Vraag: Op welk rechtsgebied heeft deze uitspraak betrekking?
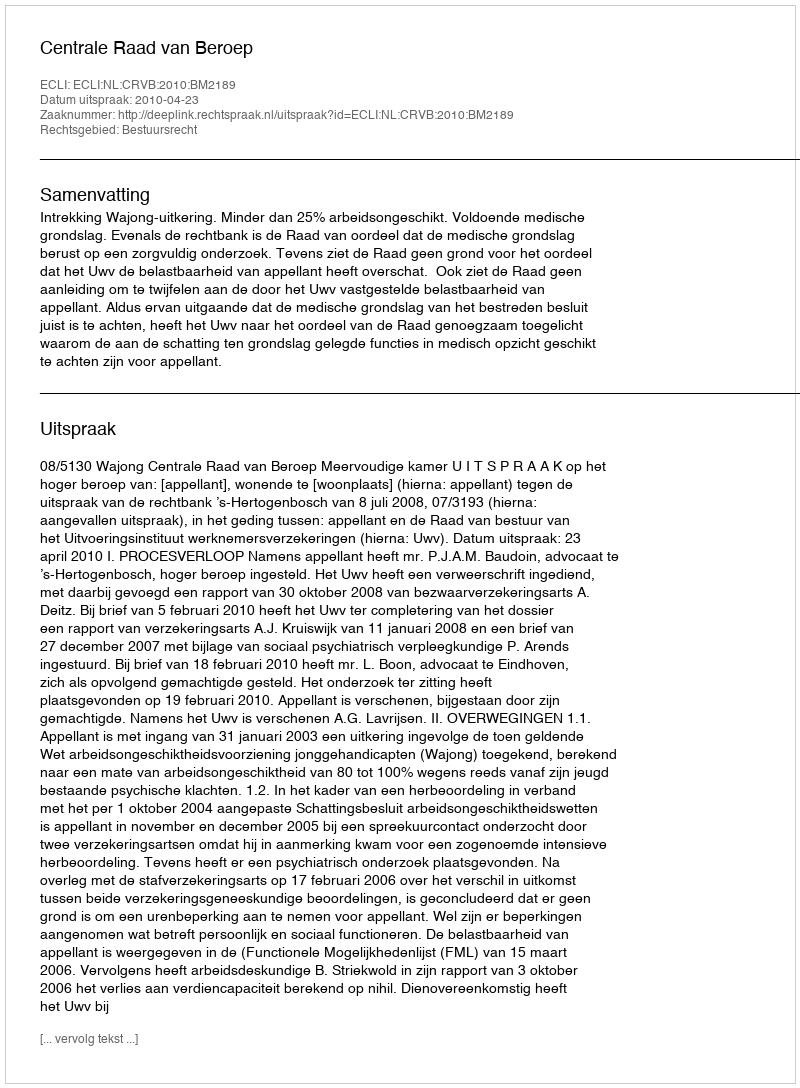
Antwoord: Bestuursrecht